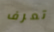
تعرف